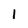
Character: I